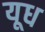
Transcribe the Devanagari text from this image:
यूध